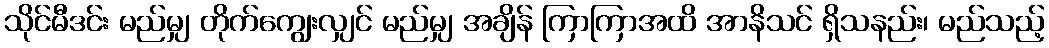
သိုင်မီဒင်း မည်မျှ တိုက်ကျွေးလျှင် မည်မျှ အချိန် ကြာကြာအထိ အာနိသင် ရှိသနည်း၊ မည်သည့်